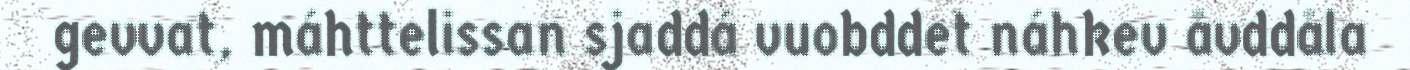
gevvat, máhttelissan sjaddá vuobddet náhkev åvddåla